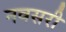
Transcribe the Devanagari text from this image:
नवसरी